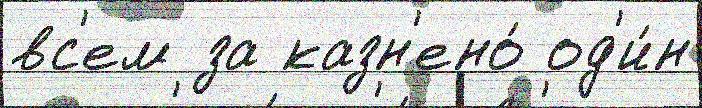
вс'ем за казн'ено́ од'и́н